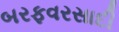
બરફવરસાદી